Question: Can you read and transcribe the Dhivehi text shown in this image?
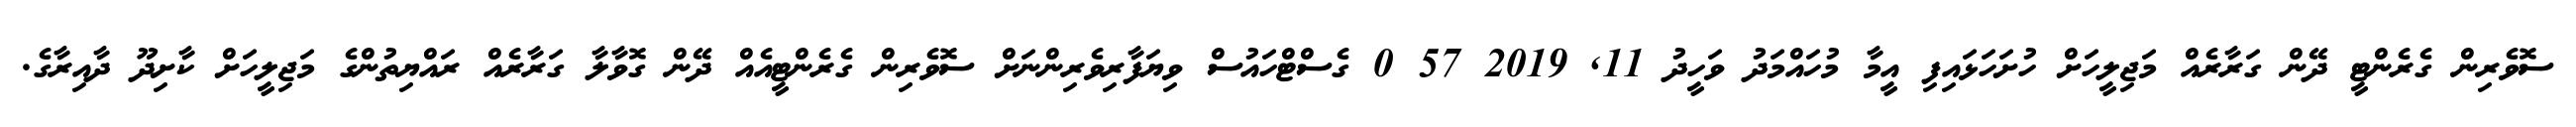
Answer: ސޮވެރިން ގެރެންޓީ ދޭން ގަރާރެއް މަޖިލީހަށް ހުށަހަޅައިފި އީމާ މުހައްމަދު ވަހީދު 11, 2019 57 0 ގެސްޓްހައުސް ވިޔަފާރިވެރިންނަށް ސޮވެރިން ގެރެންޓީއެއް ދޭން ގޮވާލާ ގަރާރެއް ރައްޔިތުންގެ މަޖިލީހަށް ކާށިދޫ ދާއިރާގެ.